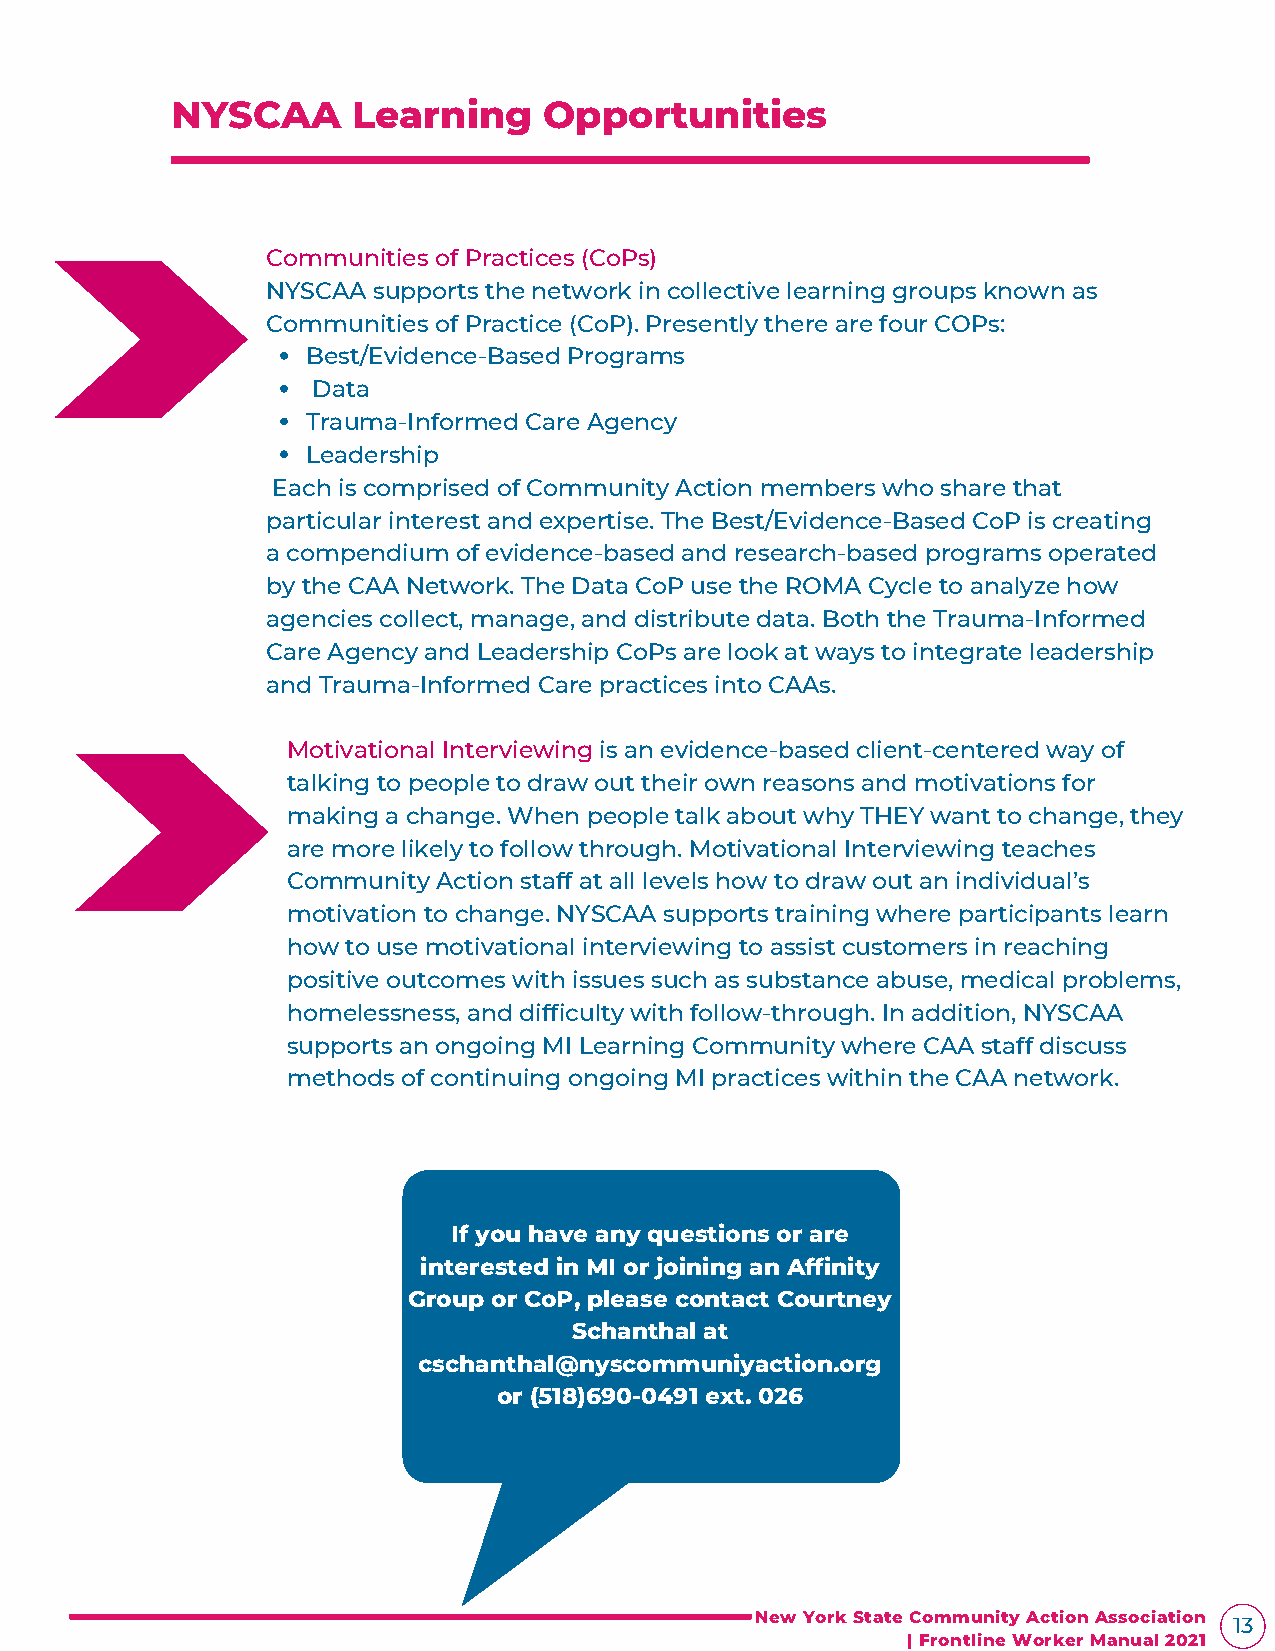
NYSCAA      Learning     Opportunities
 Communities of Practices (CoPs)
 NYSCAA supports the network in collective learning groups known as
 Communities of Practice (CoP). Presently there are four COPs:
 Best/Evidence-Based Programs
 Data
 Trauma-Informed Care Agency
 Leadership
 Each is comprised of Community Action members who share that
 particular interest and expertise. The Best/Evidence-Based CoP is creating
 a compendium of evidence-based and research-based programs operated
 by the CAA Network. The Data CoP use the ROMA Cycle to analyze how
 agencies collect, manage, and distribute data. Both the Trauma-Informed
 Care Agency and Leadership CoPs are look at ways to integrate leadership
 and Trauma-Informed Care practices into CAAs.
 Motivational Interviewing is an evidence-based client-centered way of
 talking to people to draw out their own reasons and motivations for
 making a change. When people talk about why THEY want to change, they
 are more likely to follow through. Motivational Interviewing teaches
 Community Action staff at all levels how to draw out an individual’s
 motivation to change. NYSCAA supports training where participants learn
 how to use motivational interviewing to assist customers in reaching
 positive outcomes with issues such as substance abuse, medical problems,
 homelessness, and difficulty with follow-through. In addition, NYSCAA
 supports an ongoing MI Learning Community where CAA staff discuss
 methods of continuing ongoing MI practices within the CAA network.
 If you have any questions or are
 interested in MI or joining an Affinity
 Group or CoP, please contact Courtney
 Schanthal at
 cschanthal@nyscommuniyaction.org
 or (518)690-0491 ext. 026
 New York State Community Action Association 13
 | Frontline Worker Manual 2021